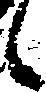
候